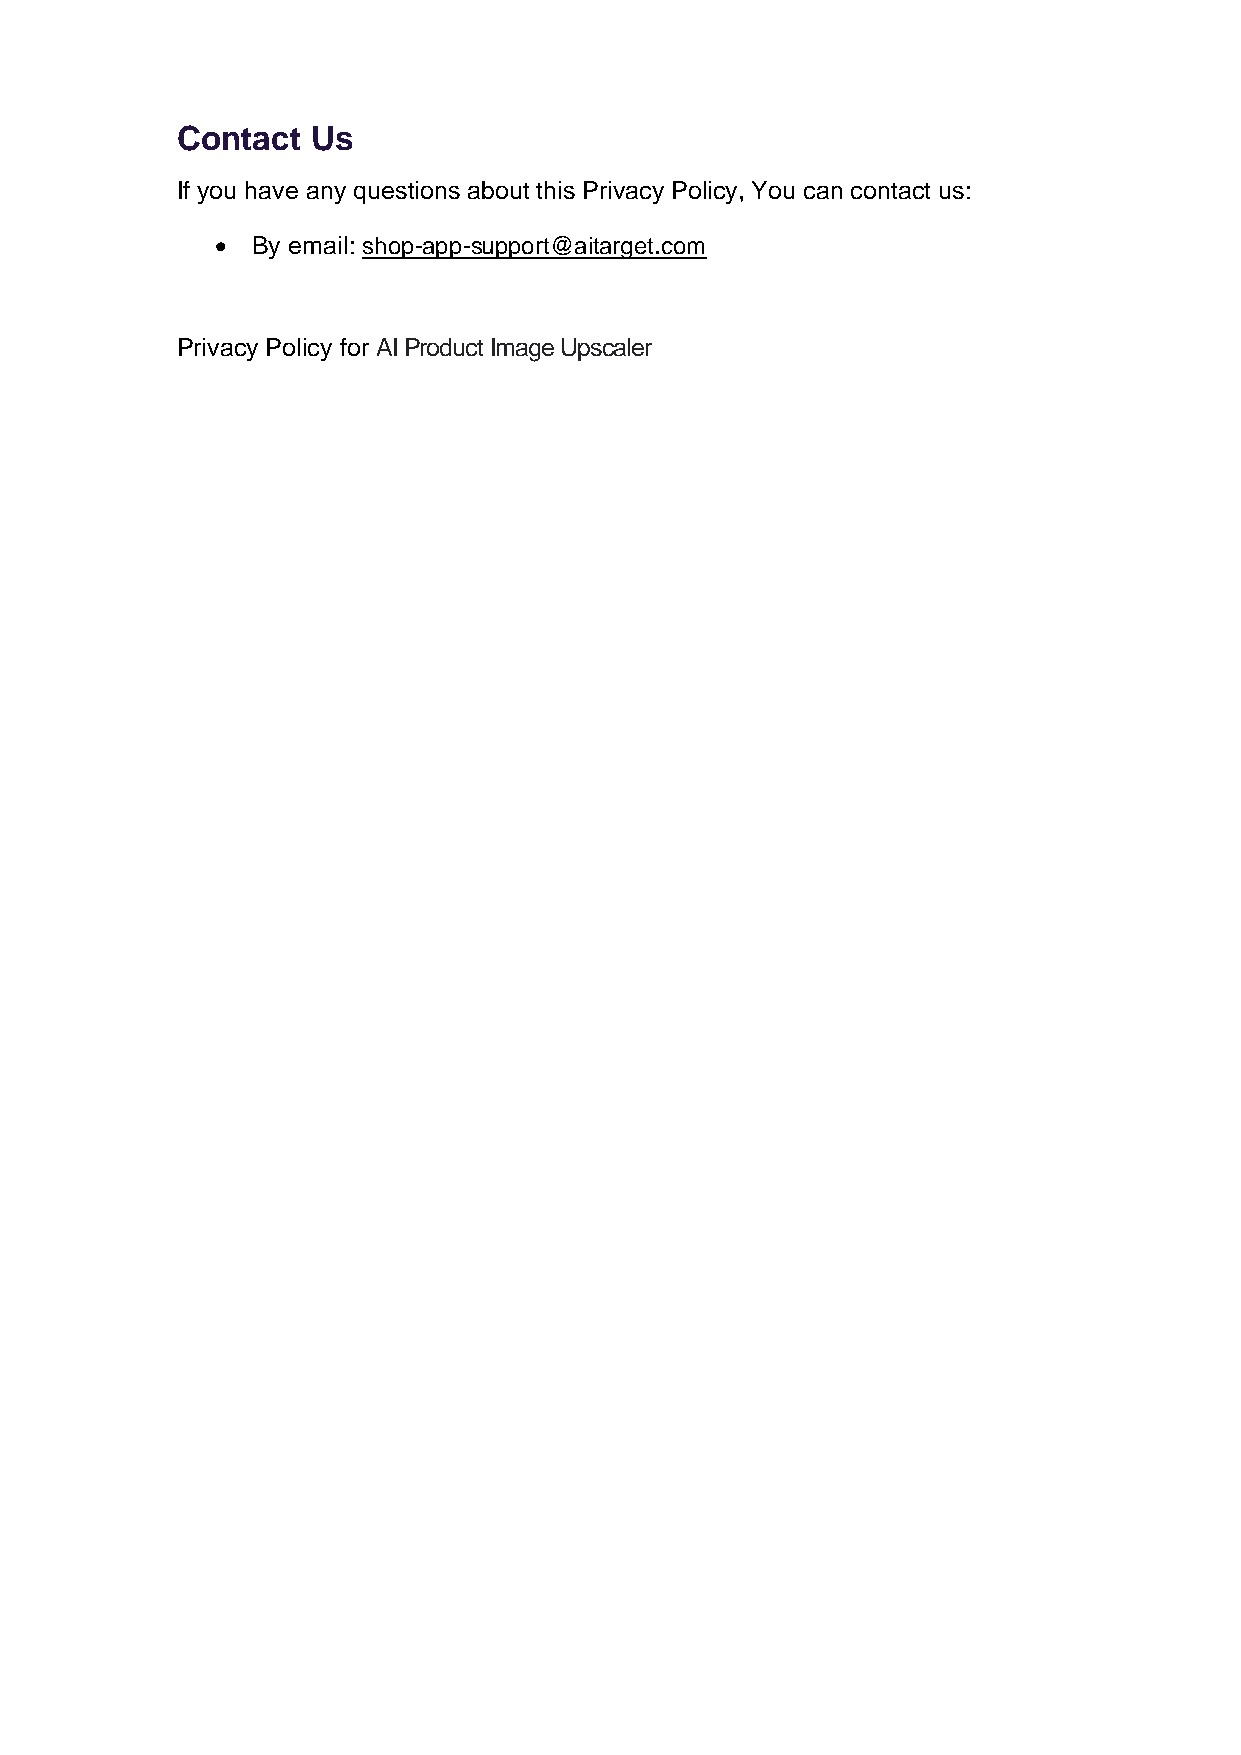
Contact  Us
 If you have any questions about this Privacy Policy, You can contact us:
 •  By email: shop-app-support@aitarget.com
 Privacy Policy for AI Product Image Upscaler